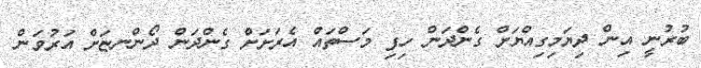
ބުރުނީ އިން ދިޔަމިގިއްޔަށް ގެންދަން ހިފި މަސްތައް އެރަށަށް ގެންދަން ދޯންނޏަށް އަރުވަން